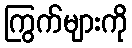
ကြွက်များကို